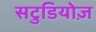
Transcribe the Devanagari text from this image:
सटुडियोज़